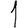
Digit: 1